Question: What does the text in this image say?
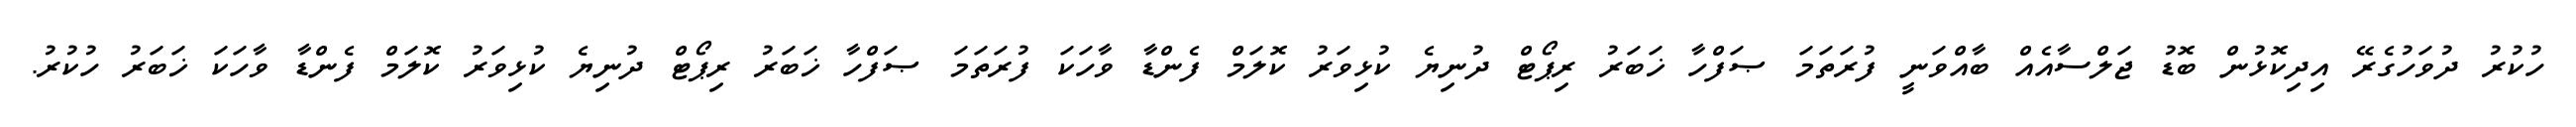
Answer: ހުކުރު ދުވަހުގެރޭ އިދިކޮޅުން ބޮޑު ޖަލްސާއެއް ބާއްވަނީ ފުރަތަމަ ޞަފްހާ ޚަބަރު ރިޕޯޓް ދުނިޔެ ކުޅިވަރު ކޮލަމް ފެންޑާ ވާހަކަ ފުރަތަމަ ޞަފްހާ ޚަބަރު ރިޕޯޓް ދުނިޔެ ކުޅިވަރު ކޮލަމް ފެންޑާ ވާހަކަ ޚަބަރު ހުކުރު.